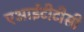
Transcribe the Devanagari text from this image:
एआईटीटीसी